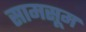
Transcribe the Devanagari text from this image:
सामसूम